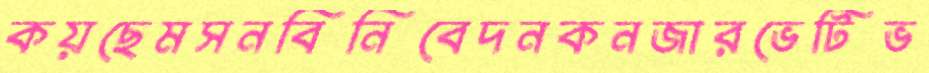
কয়ছেমসনবিনিবেদনকনজারভেটিভ